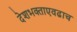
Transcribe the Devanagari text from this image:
देशभक्ताएवढाच